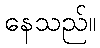
နေသည်။